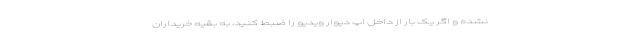
نشده و اگر یک بار از داخل اپ دیوار ویدیو را ضبط کنید، به بقیه خریداران